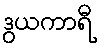
ဒွယကာရီ